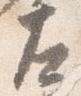
左